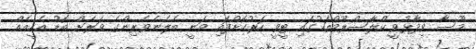
މޫސާ ވިދާޅުވީ ކްލާސްރޫމްތަކުގައި ޓީވީ ހަރުކޮށްފައި ވަނީ ބެލެނެވެރިންގެ ވަރަށް ބޮޑު އެހީއެއް